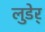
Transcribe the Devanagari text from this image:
लुडेर्